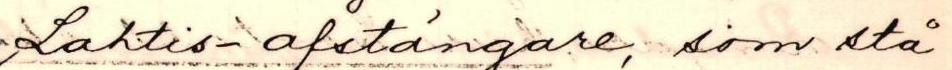
Lahtis-afstängare, som stå